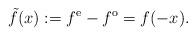
LaTeX: \begin{align*}\tilde{f} (x) := f^\mathrm{e} - f^\mathrm{o} = f(-x).\end{align*}